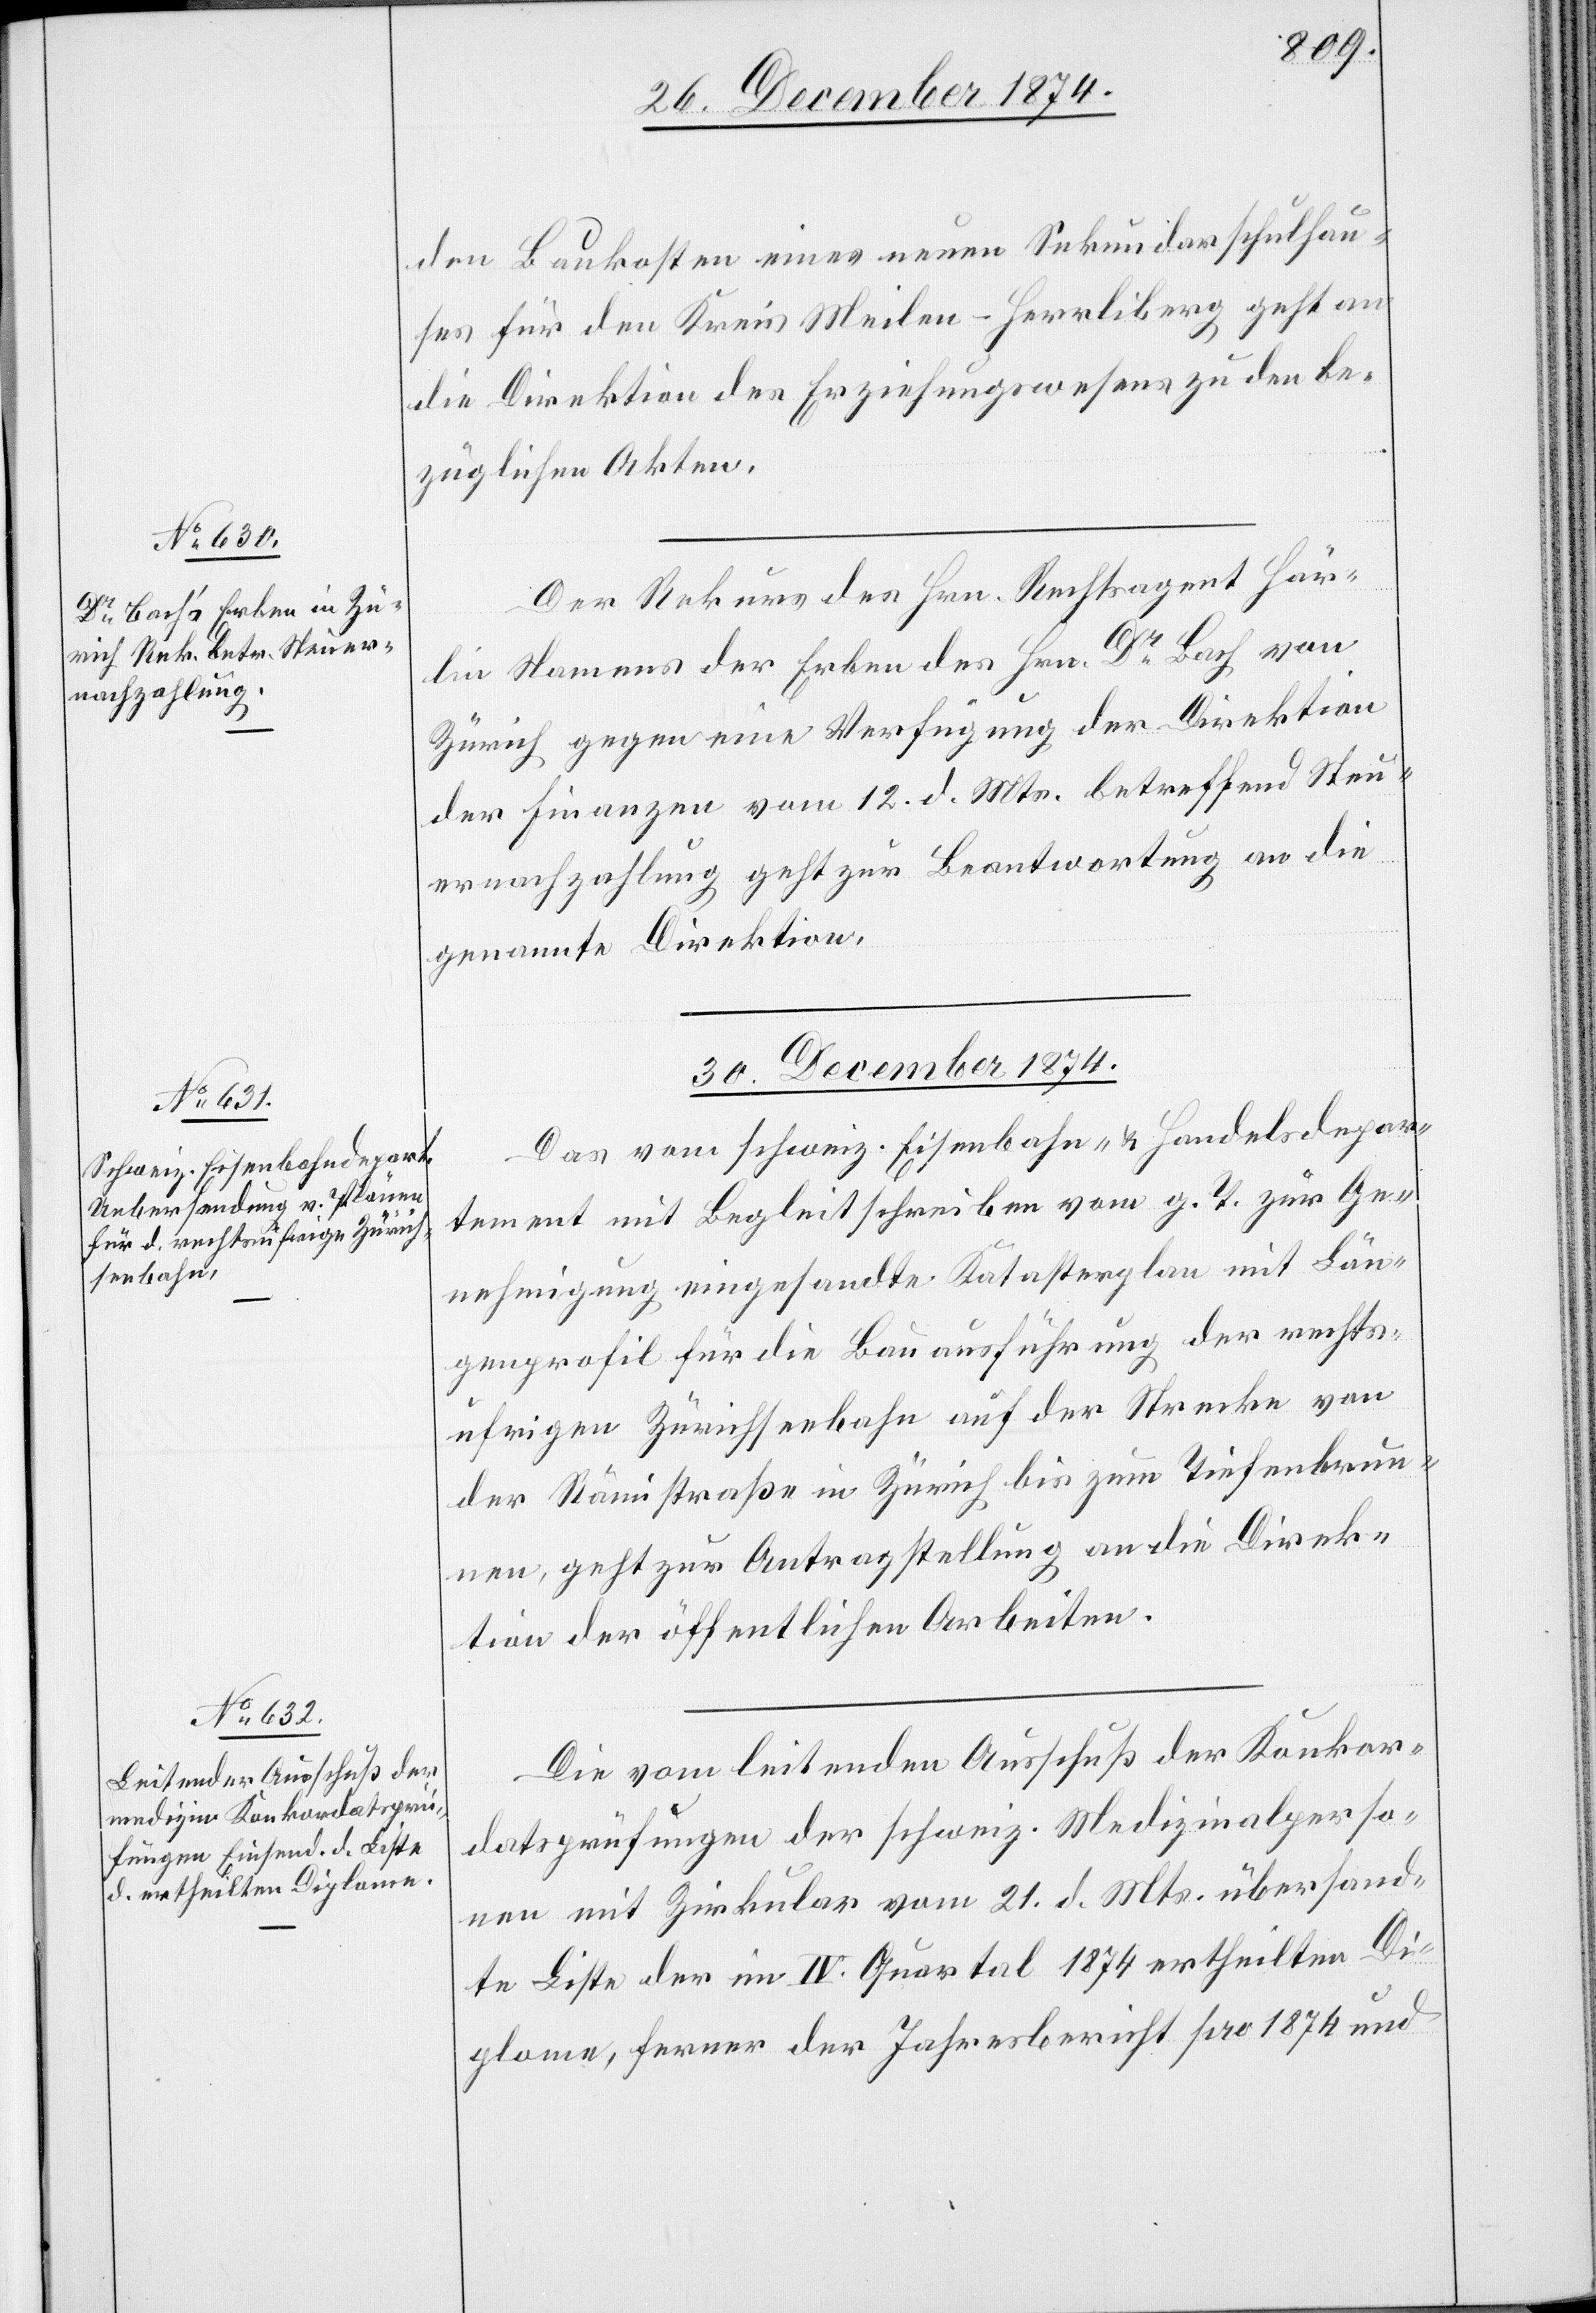
den Baukosten eines neuen Sekundarschulhau¬
ses für den Kreis Meilen-Herrliberg geht an
die Direktion des Erziehungswesen zu den be¬
züglichen Akten.
Der Rekurs des Hrn. Rechtsagent Här¬
lin Namens der Erben des Hrn. Dr Bach von
Zürich gegen eine Verfügung der Direktion
der Finanzen vom 12. d. Mts. betreffend Steu¬
ernachzahlung geht zur Beantwortung an die
genannte Direktion.
30. December 1874.]
[sic!] vom schweiz. Eisenbahn- u. Handelsdepar¬
tement mit Begleitschreiben vom g. T. zur Ge¬
nehmigung eingesandte Katasterplan mit Län¬
genprofil für die Bauausführung der rechts¬
ufrigen Zürichseebahn auf der Strecke von
der Rämistraße in Zürich bis zum Tiefenbrun¬
nen, geht zur Antragstellung an die Direk¬
tion der öffentlichen Arbeiten.
Die vom leitenden Ausschuß der Konkor¬
datsprüfungen der schweiz. Medizinalperso¬
nen mit Zirkular vom 21. d. Mts. übersand¬
te Liste der im IV. Quartal 1874 ertheilten Di¬
ploma, ferner der Jahresbericht pro 1874 und